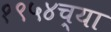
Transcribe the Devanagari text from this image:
१९५४च्या